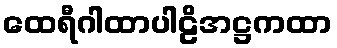
ထေရီဂါထာပါဠိအဋ္ဌကထာ